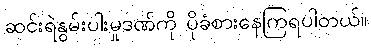
ဆင်းရဲနွမ်းပါးမှုဒဏ်ကို ပိုခံစားနေကြရပါတယ်။